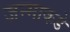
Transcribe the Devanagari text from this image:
जन्माकडे